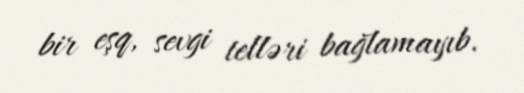
bir eşq, sevgi telləri bağlamayıb.